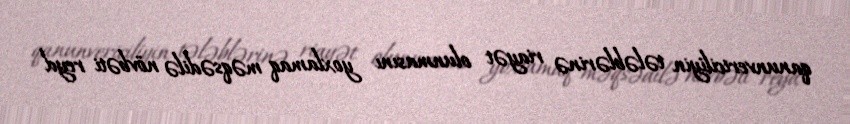
qanunvericiliyin tələblərinə riayət olunmasını yoxlamaq məqsədilə növbəti reyd